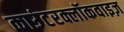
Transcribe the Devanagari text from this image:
काउंटरक्लॉकवाइज़